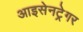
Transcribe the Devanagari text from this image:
आइसेनट्रेगर